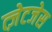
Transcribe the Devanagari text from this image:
त्ज़ेटजेस